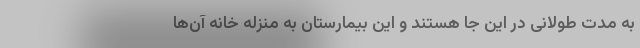
به مدت طولانی در این جا هستند و این بیمارستان به منزله خانه آن‌ها